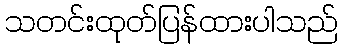
သတင်းထုတ်ပြန်ထားပါသည်